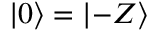
| 0 \rangle = | { - } Z \rangle